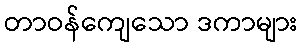
တာဝန်ကျေသော ဒကာများ